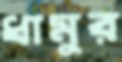
ধামুর